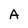
Character: A